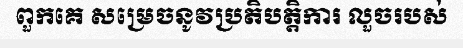
ពួកគេ សម្រេចនូវប្រតិបត្តិការ លួចរបស់